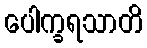
ပေါက္ခရသာတိ